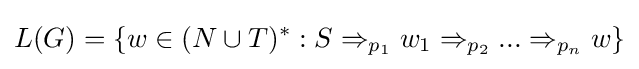
L(G)=\{w\in (N\cup T)^{*}:S\Rightarrow _{p_{1}}w_{1}\Rightarrow _{p_{2}}...\Rightarrow _{p_{n}}w\}